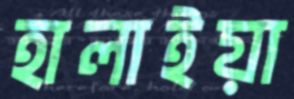
হালাইয়া